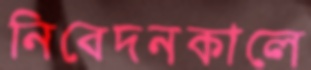
নিবেদনকালে